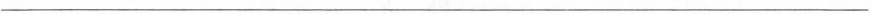
___